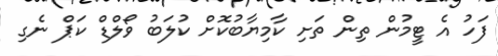
ފަހު އެ ޓީމުން ތިން ތަށި ކާމިޔާބުކޮށް ކުލަބު ވޯލްޑް ކަޕް ނެގި